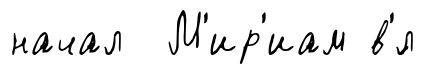
начал М'ир'иам в'́л